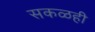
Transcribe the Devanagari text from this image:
सकळही